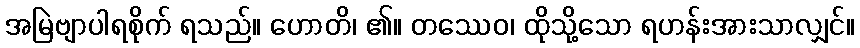
အမြဲဗျာပါရစိုက် ရသည်။ ဟောတိ၊ ၏။ တဿေဝ၊ ထိုသို့သော ရဟန်းအားသာလျှင်။